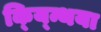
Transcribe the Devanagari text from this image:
क्य्न्थिया